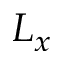
L _ { x }